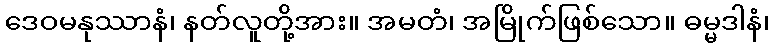
ဒေဝမနုဿာနံ၊ နတ်လူတို့အား။ အမတံ၊ အမြိုက်ဖြစ်သော။ ဓမ္မဒါနံ၊